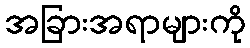
အခြားအရာများကို